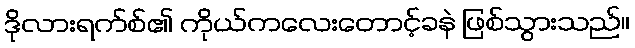
ဒိုလားရက်စ်၏ ကိုယ်ကလေးတောင့်ခနဲ ဖြစ်သွားသည်။